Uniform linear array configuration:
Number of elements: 12
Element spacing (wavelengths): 0.75
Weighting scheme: cosine
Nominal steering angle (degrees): -60
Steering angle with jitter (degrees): -58.823
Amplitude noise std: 0.05
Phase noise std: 0.05

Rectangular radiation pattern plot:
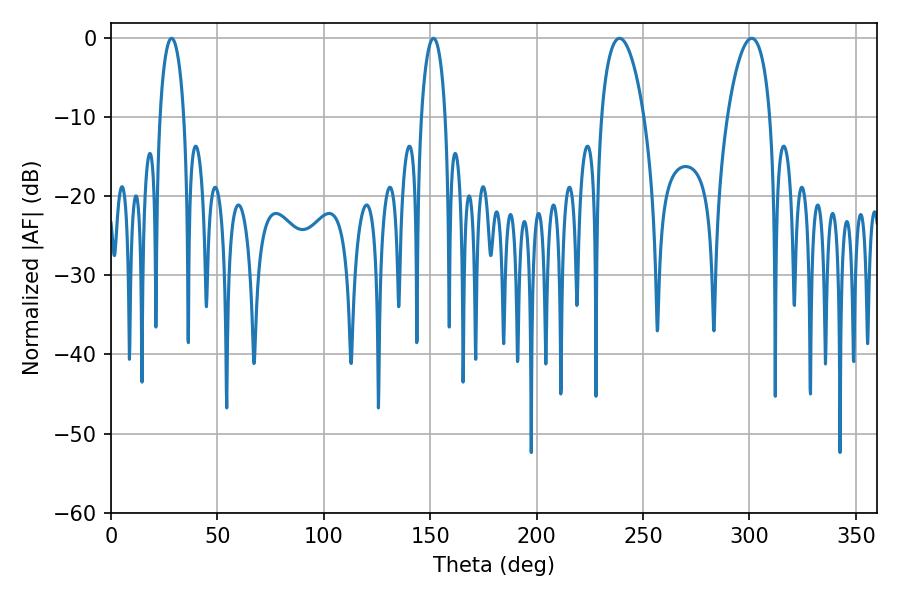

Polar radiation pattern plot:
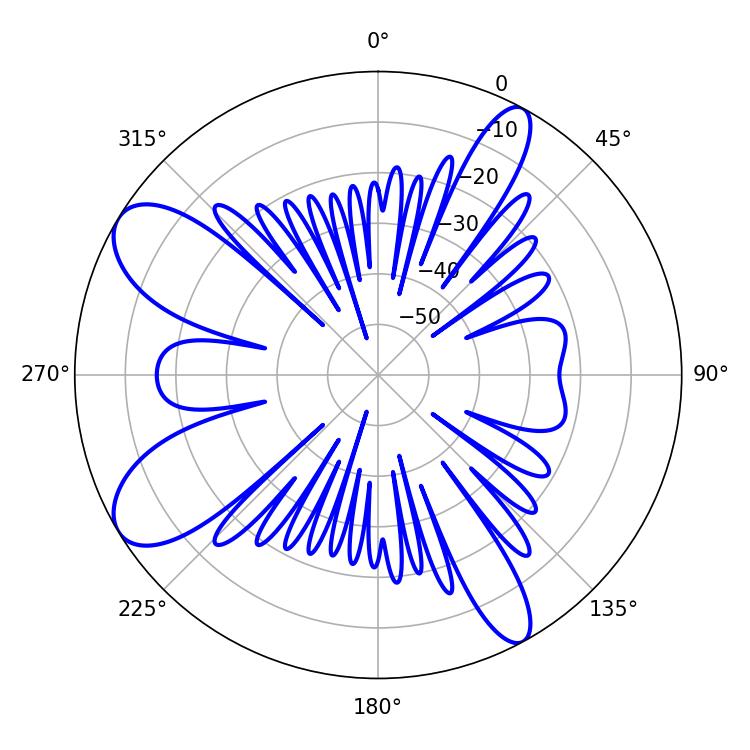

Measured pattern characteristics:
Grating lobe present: TRUE
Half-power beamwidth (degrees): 6.48
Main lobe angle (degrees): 28.44